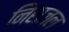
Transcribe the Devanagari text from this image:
निराजल